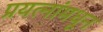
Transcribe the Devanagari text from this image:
प्रयत्‍नांमधून